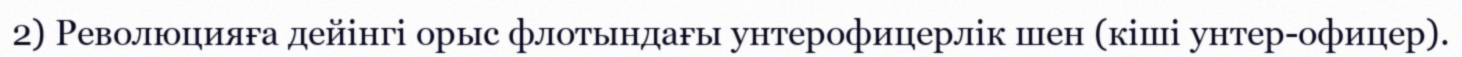
2) Революцияға дейінгі орыс флотындағы унтерофицерлік шен (кіші унтер-офицер).